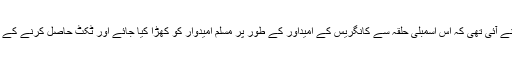
دراصل تنظیم کی سیاسی پینل کی میٹنگ میں یہ بات سامنے آئی تھی کہ اس اسمبلی حلقہ سے کانگریس کے امیداور کے طور پر مسلم امیدوار کو کھڑا کیا جائے اور ٹکٹ حاصل کرنے کے لیے ہائی کمان سے ملاقات کرکے پیش رفت کی جائے ۔